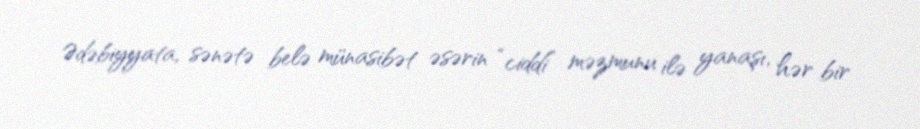
Ədəbiyyata, sənətə belə münasibət əsərin “ciddi” məzmunu ilə yanaşı, hər bir